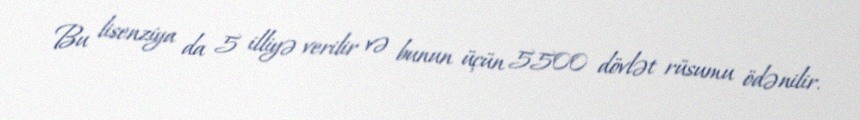
Bu lisenziya da 5 illiyə verilir və bunun üçün 5500 dövlət rüsumu ödənilir.